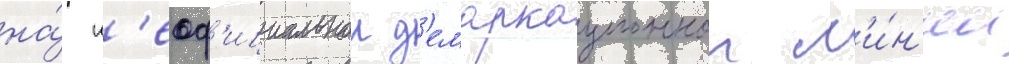
на́ н'еоф'ициальнои д'емаркационнои л'и́н'ии